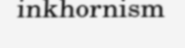
inkhornism